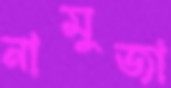
নামুজা